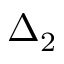
\Delta _ { 2 }